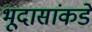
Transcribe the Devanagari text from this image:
भूदासांकडे